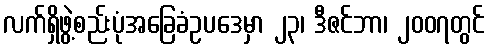
လက်ရှိဖွဲ့စည်းပုံအခြေခံဥပဒေမှာ ၂၃၊ ဒီဇင်ဘာ၊ ၂၀၀၇တွင်